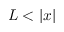
L < | x |